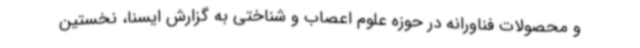
و محصولات فناورانه در حوزه علوم اعصاب و شناختی به گزارش ایسنا، نخستین